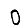
Digit: 0